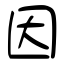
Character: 因